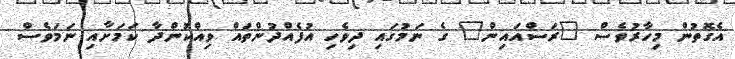
އެގޮތުން މިހާރުވެސް "ރަސްއައިން" ގެ ނަމުގައި ދިވެހި އުފެއްދުންތައް ވިއްކުންދާ ކަމަށާއި ނަމަވެސް